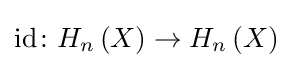
{\text{id}}\colon H_{n}\left(X\right)\rightarrow H_{n}\left(X\right)